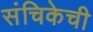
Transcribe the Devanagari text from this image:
संचिकेची